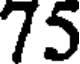
75